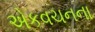
એકવચનના